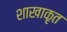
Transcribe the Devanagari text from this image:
शाखाकृत